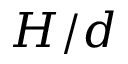
H / d